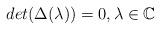
LaTeX: \begin{align*}det(\Delta(\lambda))=0, \lambda \in \mathbb{C}\end{align*}